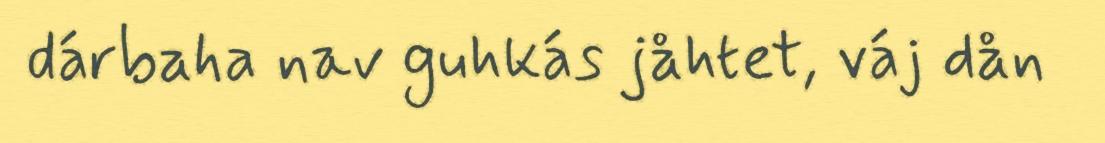
dárbaha nav guhkás jåhtet, váj dån